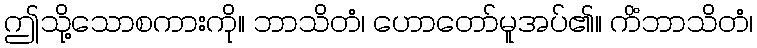
ဤသို့သောစကားကို။ ဘာသိတံ၊ ဟောတော်မူအပ်၏။ ကိံဘာသိတံ၊